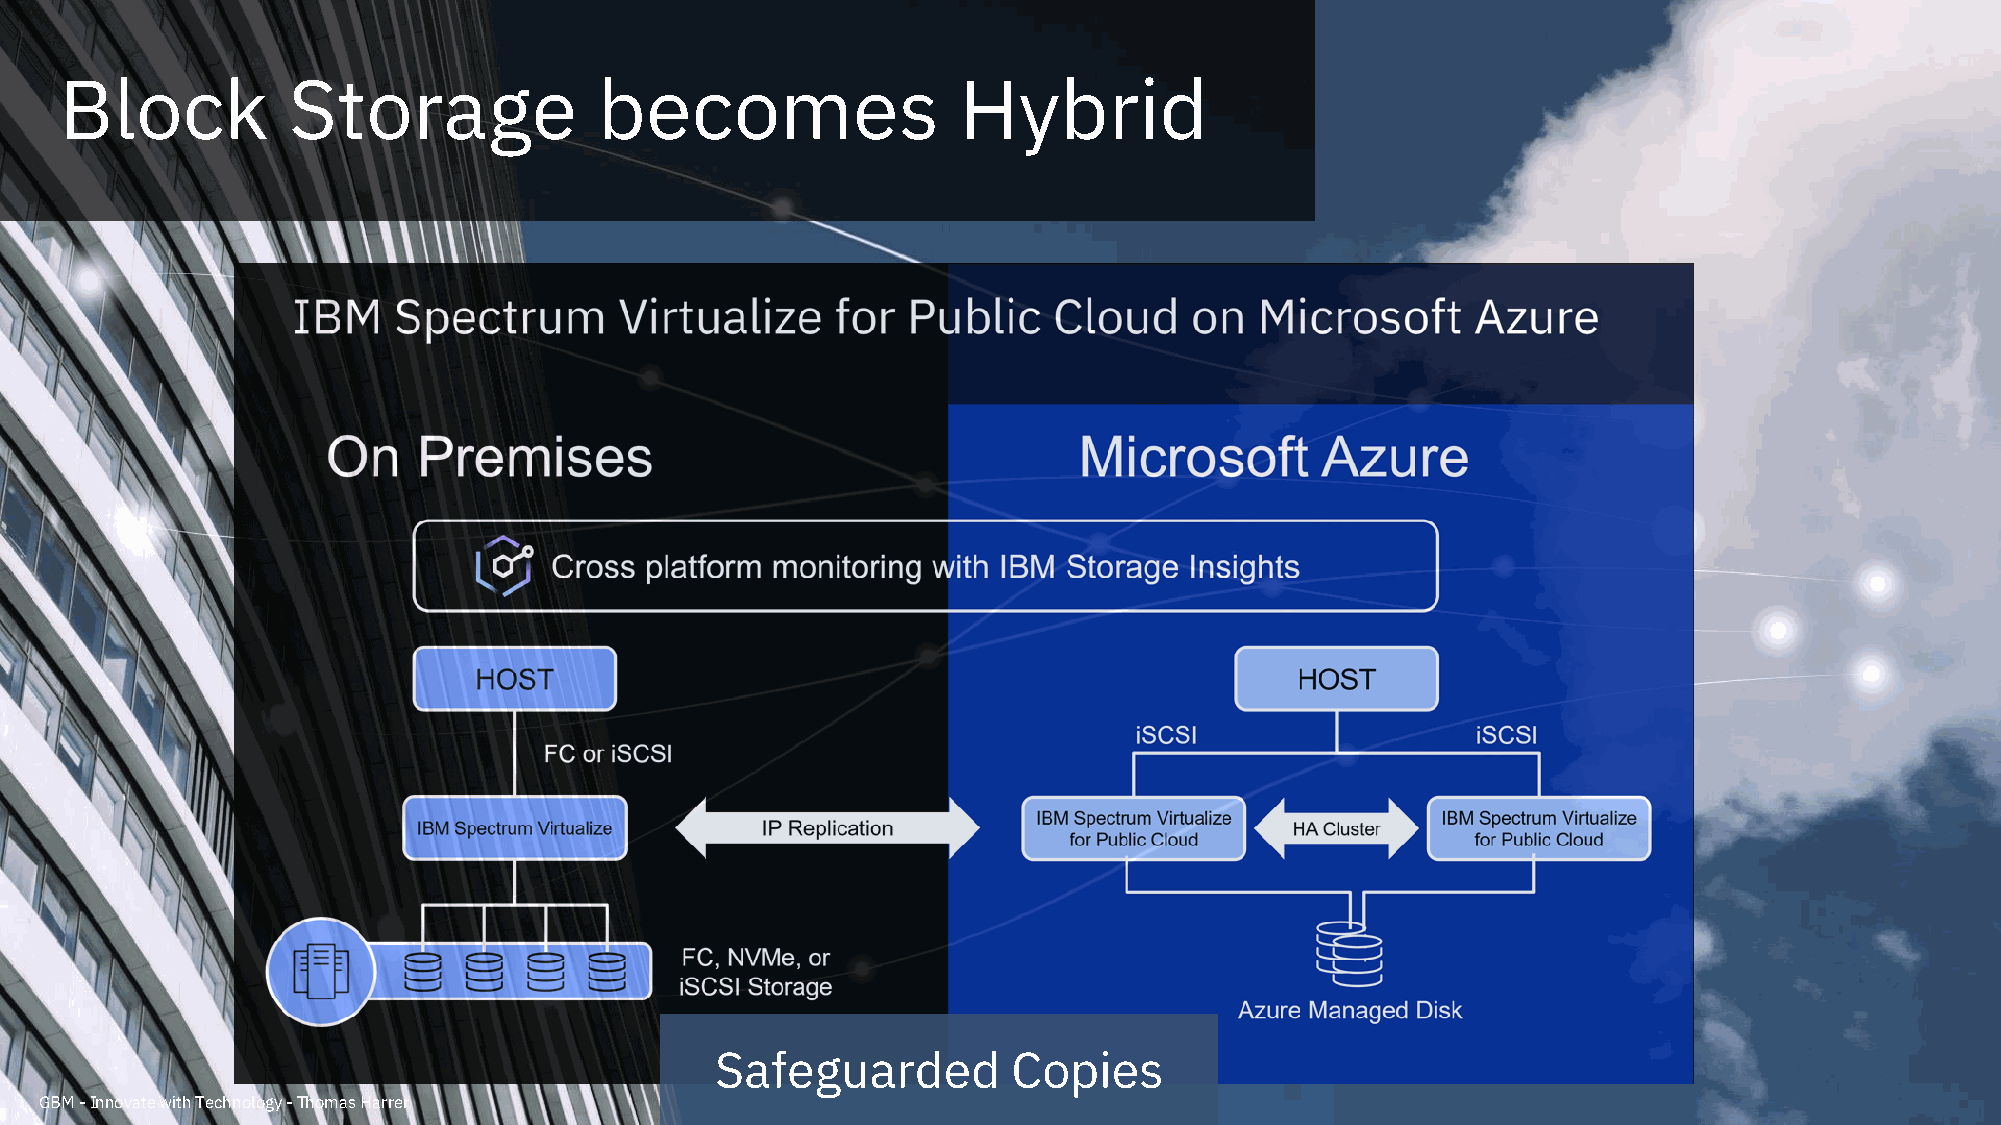
Block          Storage              becomes                 Hybrid
 Safeguarded         Copies
 GBM -Innovate with Technology -Thomas Harrer